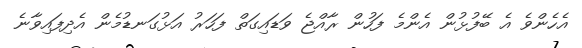
އެހެންވެ އެ ބޭފުޅުން އެންމެ ފަހުން ރާއްޖެ ވަޑައިގަތް ފަހަރު އަޅުގަނޑުމެން އެދިފައިވާނެ